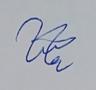
Signature authenticity: genuine